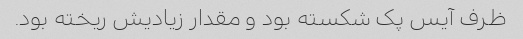
ظرف آیس پک شکسته بود و مقدار زیادیش ریخته بود.